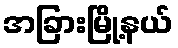
အခြားမြို့နယ်